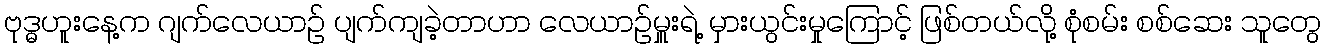
ဗုဒ္ဓဟူးနေ့က ဂျက်လေယာဉ် ပျက်ကျခဲ့တာဟာ လေယာဉ်မှူးရဲ့ မှားယွင်းမှုကြောင့် ဖြစ်တယ်လို့ စုံစမ်း စစ်ဆေး သူတွေ